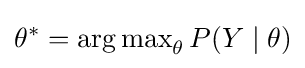
\theta ^{*}=\operatorname {arg\,max} _{\theta }P(Y\mid \theta )